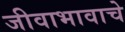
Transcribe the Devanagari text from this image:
जीवाभावाचे